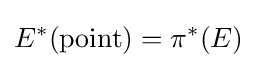
E^{*}({\text{point}})=\pi ^{*}(E)